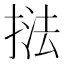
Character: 𭡚